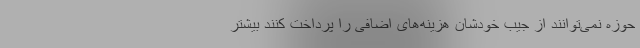
حوزه نمی‌توانند از جیب خودشان هزینه‌های اضافی را پرداخت کنند بیشتر